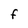
Character: F